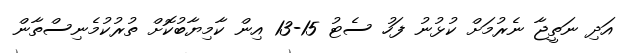
އަދި ނަތީޖާ ނެރުމަށް ކުޅުނު ފަހު ސެޓު 15-13 އިން ކާމިޔާބުކޮށް ތުރުކުމެނިސްތާން